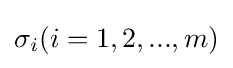
\sigma _{i}(i=1,2,...,m)